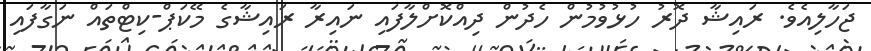
ޖަހާލިއެވެ. ރައިޝާ ދޮރު ހުޅުވުމުން ހެދުން ދިއްކޮށްލާފައި ނައިރާ ރައިޝާގެ މޭކަޕް-ކިޓްތައް ނަގާފައި